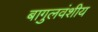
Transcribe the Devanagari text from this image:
बागुलवंशीय